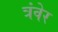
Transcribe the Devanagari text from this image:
त्रंवेर